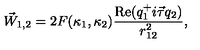
\vec { W } _ { 1 , 2 } = 2 F ( \kappa _ { 1 } , \kappa _ { 2 } ) \frac { \mathrm { R e } ( q _ { 1 } ^ { + } i \vec { \tau } q _ { 2 } ) } { r _ { 1 2 } ^ { 2 } } ,